Vaccination in Burma 1900-1911 - 1900-1911
Year: 1900
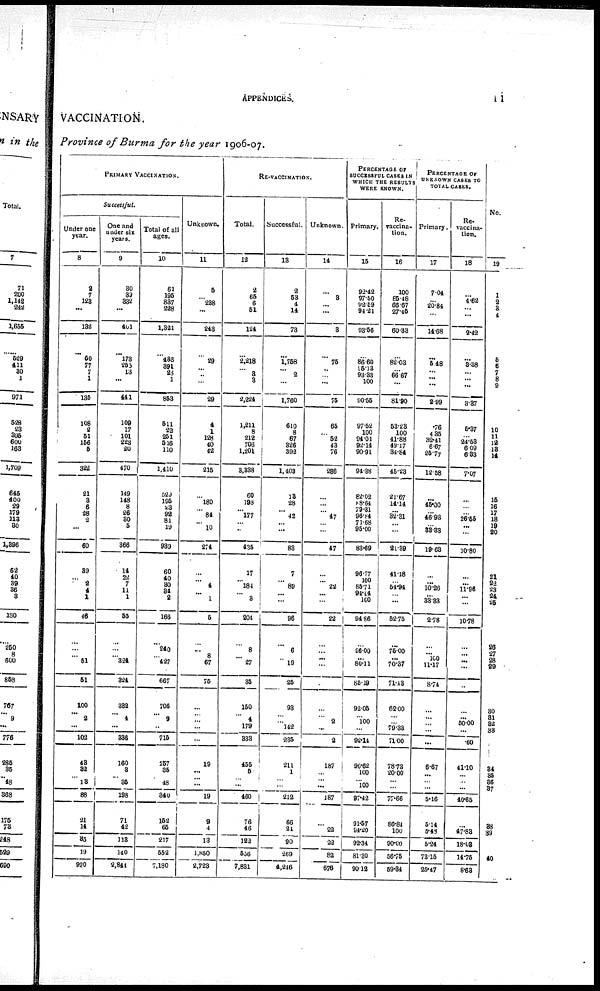
APPENDICES.
11
VACCINATION.
Province of Burma for the year 1906-07.
PRIMARY VACCINATION.
Successful.
Under one
year.
8
9
7
128
...
132
...
50
77
7
1
135
108
2
51
156
5
322
21
8
6
28
3
...
60
89
...
2
4
1
46
...
...
...
51
51
100
... 2
...
102
48
32
...
13
88
21
14
85
19
990
One and
under six
years.
9
30
39
332
...
401
...
178
255
18
...
441
109
17
101
228
20
470
149
148
8
26
30
5
366
14
32
7
11
1
55
...
...
...
324
324
332
... 4
...
338
160
8
...
35
193
71
42
118
140
2,844
Total of all
ages.
10
61
195
887
228
1,321
...
433
391
23
1
853
511
22
251
516
110
1,410
529
195
2.
92
81
19
989
60
40
80
34
2
166
...
240
...
427
667
706
... 9
...
715
257
35
...
48
340
152
65
217
552
7,180
Unknown.
11
5
...
238
...
243
...
29
...
...
...
29
4
1
128
40
42
215
...
180
...
84
...
10
274
...
...
4
...
1
5
...
...
8
67
75
...
...
...
...
...
19
...
...
...
19
9
4
13
1,850
2,723
RE-VACCINATION.
Total.
12
2
65
6
51
124
...
2,218
...
8
8
2,224
1,211
8
212
706
1,201
3,888
60
198
...
177
...
...
435
17
...
184
...
8
204
...
8
...
27
35
150
...
4
179
888
455
5
...
...
460
76
46
122
556
7,831
Successful.
13
2
53
4
14
73
...
1,758
...
2
...
1,760
610
8
67
326
392
1,403
13
28
...
42
...
...
88
7
...
89
...
...
96
...
6
...
19
25
98
...
... 142
235
211
1
1
...
212
66
21
90
269
4,246
Unknown.
14
...
8
...
...
3
...
75
...
...
...
75
65
... 52
43
76
286
...
...
...
47
...
...
47
...
...
22
...
...
22
...
...
...
...
...
...
...
2
...
2
187
...
...
...
187
...
22
22
82
676
PERCENTAGE OR
SUCCESSFUL CASES IN
WHICH THE RESULTS
WERE KNOWN.
Primary.
15
92.42
97.50
92.59
94.21
93.56
...
86.60
95.18
93.88
100
90.56
97.52
100
94.01
92.14
90.91
94.88
82.02
88.64
79.31
96.84
71.68
95.00
88.69
96.77
100
85.71
94.44
100
94.86
...
96.00
...
80.11
85.19
92.05
...
100
...
92.14
96.62
100
...
100
97.42
91.67
94.20
92.34
81.30
90.12
Re-
vaccina-
tion.
16
100
85.48
66.67
27.45
60.33
...
82.03
...
66.67
...
81.90
53.28
100
41.88
49.17
84.84
45.28
21.67
14.14
...
32.31
...
...
21.89
41.18
...
54.94
...
...
52.75
...
75.00
...
70.37
71.48
62.00
...
...
79.33
71.00
78.78
20.00
...
...
77.66
86.84
100
90.00
56.75
59.34
PERCENTAGE OR
UNKNOWN CASES TO
TOTAL CASES.
Primary.
17
7.04
...
20.84
...
14.68
...
5.48
...
...
...
2.99
.76
4.35
82.41
6.67
25.77
12.58
...
45.00
...
46.93
...
88.88
19.68
...
...
10.26
...
88.83
2.78
...
... 100
11.17
8.74
...
...
...
...
...
6.67
...
...
...
5.16
5.14
5.48
5.24
73.15
25.47
Re-
vaccina-
tion.
18
...
4.62
...
...
2.42
...
8.88
...
...
...
3.37
5.37
...
24.58
6.09
6.33
7.07
...
...
...
26.55
...
...
10.80
...
...
11.96
...
...
10.78
...
...
...
...
...
...
...
50.00
...
.60
41.10
...
...
...
40.65
...
47.88
18.08
14.75
8.63
No.
19
1
2 3
4
...
5
6 ...
8
9
...
10
11
12
18
14
15
16
17
18
19
20
21
22
23
24
25
...
28
27
28
89
...
30
31
32
33
...
34
35
86
37
...
88
89
...
40
...